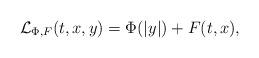
LaTeX: \begin{align*}\mathcal{L}_{\Phi,F}(t,x,y)=\Phi(|y|)+F(t,x),\end{align*}